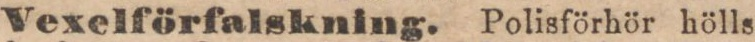
Vexelförfalskning. Polisförhör hölls